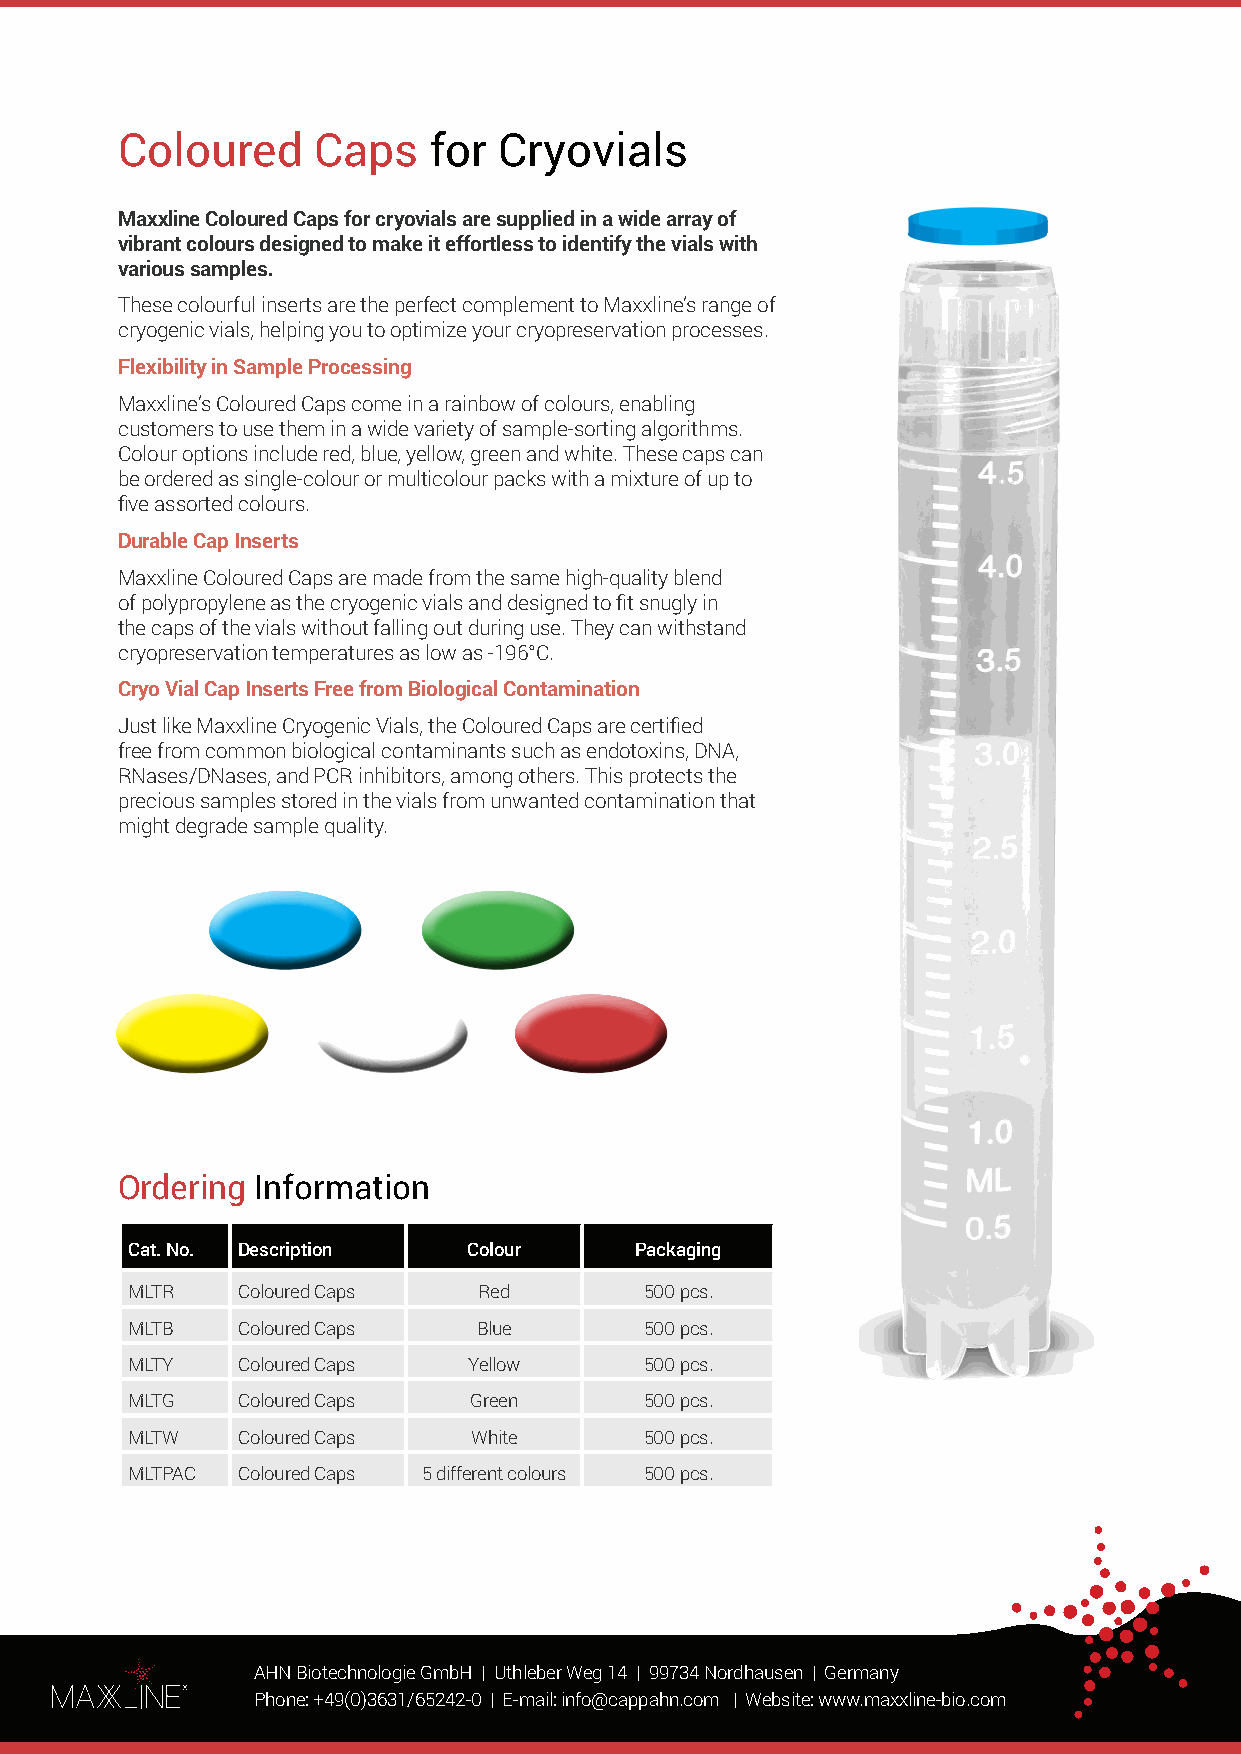
Coloured     Caps   for  Cryovials
 Maxxline Coloured Caps for cryovials are supplied in a wide array of
 vibrant colours designed to make it effortless to identify the vials with
 various samples.
 These colourful inserts are the perfect complement to Maxxline’s range of
 cryogenic vials, helping you to optimize your cryopreservation processes.
 Flexibility in Sample Processing
 Maxxline’s Coloured Caps come in a rainbow of colours, enabling
 customers to use them in a wide variety of sample-sorting algorithms.
 Colour options include red, blue, yellow, green and white. These caps can
 be ordered as single-colour or multicolour packs with a mixture of up to
 five assorted colours.
 Durable Cap Inserts
 Maxxline Coloured Caps are made from the same high-quality blend
 of polypropylene as the cryogenic vials and designed to fit snugly in
 the caps of the vials without falling out during use. They can withstand
 cryopreservation temperatures as low as -196°C.
 Cryo Vial Cap Inserts Free from Biological Contamination
 Just like Maxxline Cryogenic Vials, the Coloured Caps are certified
 free from common biological contaminants such as endotoxins, DNA,
 RNases/DNases, and PCR inhibitors, among others. This protects the
 precious samples stored in the vials from unwanted contamination that
 might degrade sample quality.
 Ordering Information
 Cat. No. Description   Colour     Packaging
 MLTR    Coloured Caps   Red        500 pcs.
 MLTB    Coloured Caps   Blue       500 pcs.
 MLTY    Coloured Caps  Yellow      500 pcs.
 MLTG    Coloured Caps  Green       500 pcs.
 MLTW    Coloured Caps  White       500 pcs.
 MLTPAC  Coloured Caps 5 different colours 500 pcs.
 AAHHNN BBiiootteecchhnnoollooggiiee GGmmbbHH || UUtthhlleebbeerr WWeegg 1144 || 9999773344 NNoorrddhhaauusseenn || GGeerrmmaannyy
 PPhhoonnee:: ++4499((00))33663311//6655224422--00 || EE--mmaaiill:: iinnffoo@@ccaappppaahhnn..ccoomm || WWeebbssiittee:: wwwwww..mmaaxxxxlliinnee--bbiioo..ccoomm